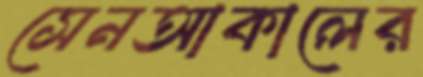
সেনআকালের